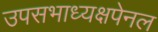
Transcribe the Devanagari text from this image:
उपसभाध्यक्षपेनल